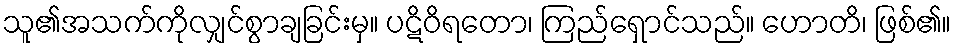
သူ၏အသက်ကိုလျှင်စွာချခြင်းမှ။ ပဋိဝိရတော၊ ကြည်ရှောင်သည်။ ဟောတိ၊ ဖြစ်၏။